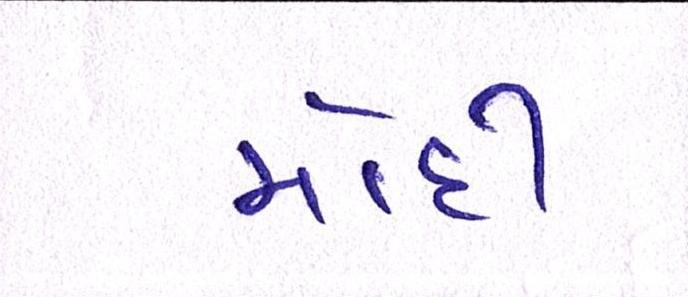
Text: મોદી